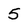
Character: 5